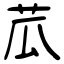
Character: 苽